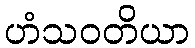
ဟံသဝတိယာ